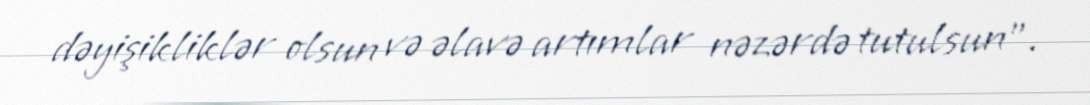
dəyişikliklər olsun və əlavə artımlar nəzərdə tutulsun”.